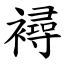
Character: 襑